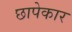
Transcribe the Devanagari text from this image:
छापेकार